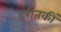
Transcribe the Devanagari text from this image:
हरीतकीं